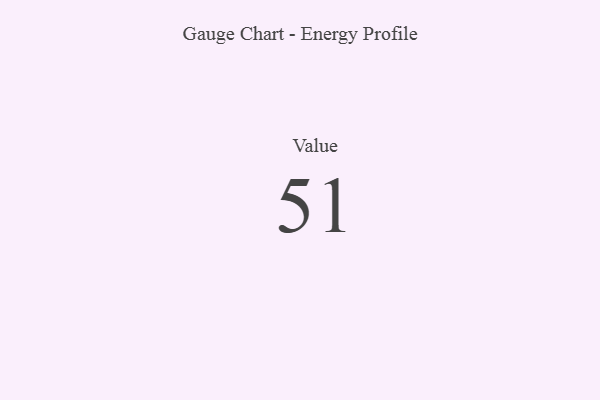
{"axis": {"x": "Metric", "y": "Value"}, "legend": [""], "data": [{"x": "Value", "y": 51, "type": ""}]}